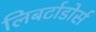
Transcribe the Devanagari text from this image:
लिबर्टाडोर्स